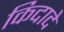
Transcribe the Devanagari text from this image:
किदादे